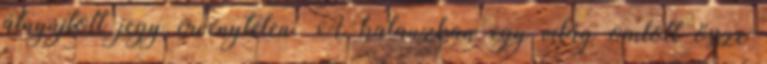
átnyújtott jegy érvénytelen. A kalauzban egy világ omlott össze